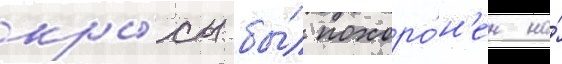
кры́сы бы́л похоро́н'ен на́